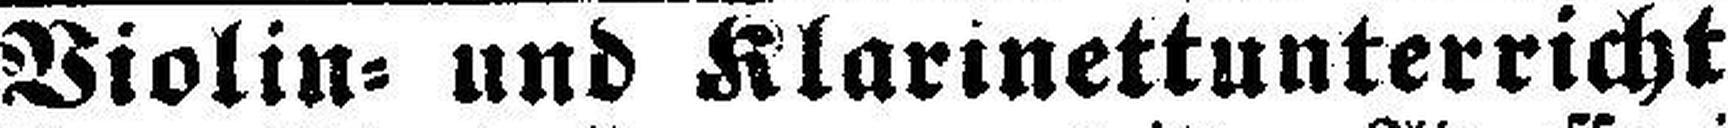
Violin= und Klarinettunterricht